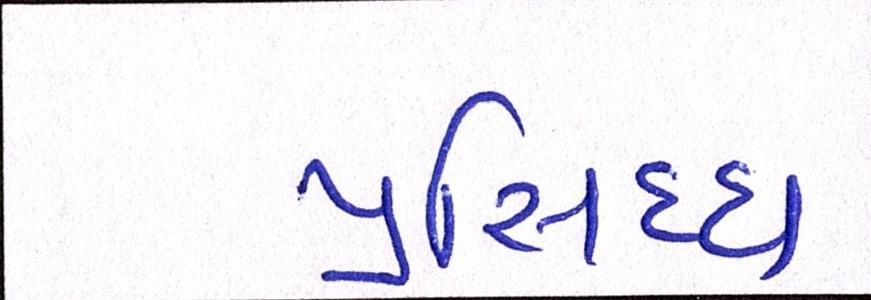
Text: પ્રસિધ્ધ